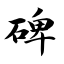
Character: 碑